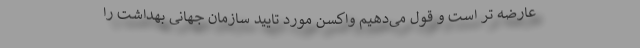
عارضه تر است و قول می‌دهیم واکسن مورد تایید سازمان جهانی بهداشت را